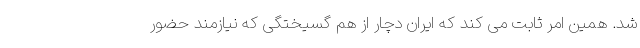
شد. همین امر ثابت می کند که ایران دچار از هم گسیختگی که نیازمند حضور